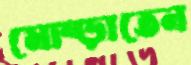
মোষ্‌ড়াতেন